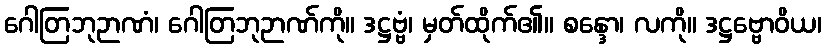
ဂေါတြဘုဉာဏံ၊ ဂေါတြဘုဉာဏ်ကို။ ဒဋ္ဌဗ္ဗံ၊ မှတ်ထိုက်၏။ စန္ဒော၊ လကို။ ဒဋ္ဌဗ္ဗောဝိယ၊